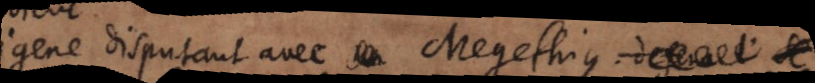
Origene disputant avec Megethius